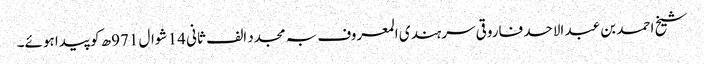
شیخ احمد بن عبد الاحد فاروقی سرہندی المعروف بہ مجدد الف ثانی 14 شوال 971ھ کو پیدا ہوئے۔